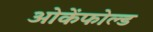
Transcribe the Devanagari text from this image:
ओकेंफोल्ड